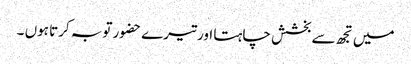
میں تجھ سے بخشش چاہتا اور تیرے حضور توبہ کرتا ہوں ۔